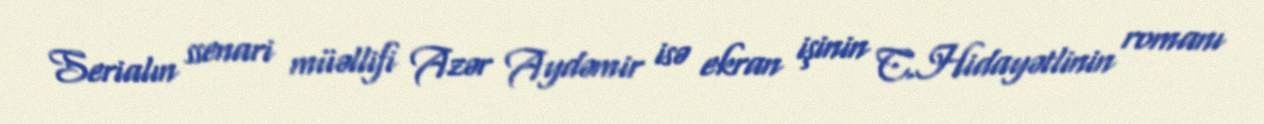
Serialın ssenari müəllifi Azər Aydəmir isə ekran işinin C.Hidayətlinin romanı